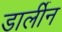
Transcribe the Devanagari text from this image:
डार्लीन